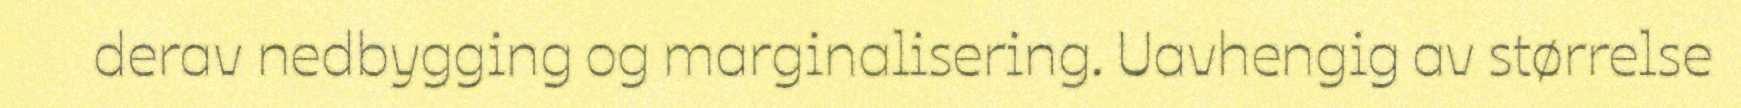
derav nedbygging og marginalisering. Uavhengig av størrelse